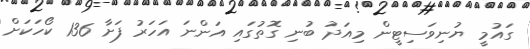
ގައުމީ ޔުނިވަސިޓީން މިއަދު ބުނި ގޮތުގައި އަންނަ އަހަރު ފަށާ 136 ކޯހަކަށް